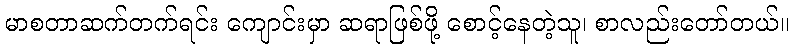
မာစတာဆက်တက်ရင်း ကျောင်းမှာ ဆရာဖြစ်ဖို့ စောင့်နေတဲ့သူ၊ စာလည်းတော်တယ်။